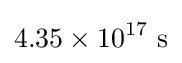
4.35\times 10^{17}{\text{ s}}